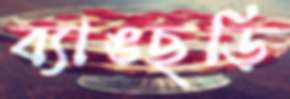
ব্যাঙছড়ি